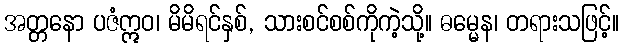
အတ္တနော ပဇံဣဝ၊ မိမိရင်နှစ်, သားစင်စစ်ကိုကဲ့သို့။ ဓမ္မေန၊ တရားသဖြင့်။